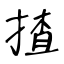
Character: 揸